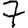
Digit: 7